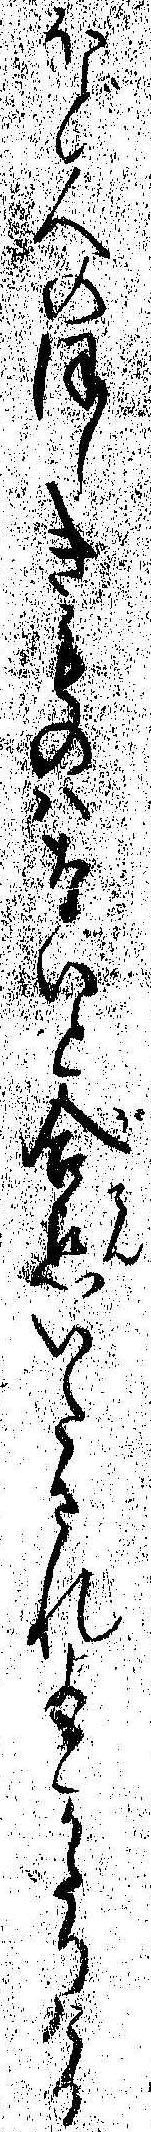
ほど人のほしきものはないと合点いたされよとかたりける